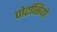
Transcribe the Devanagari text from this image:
पोर्टासियो